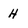
Character: H